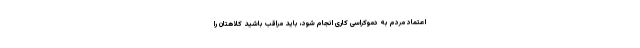
اعتماد مردم به دموکراسی کاری انجام شود، باید مراقب باشید کلاهتان را